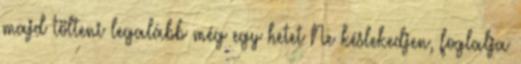
majd tölteni legalább még egy hetet Ne késlekedjen, foglalja